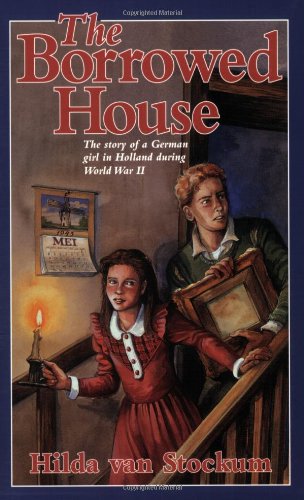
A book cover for The Borrowed House (Young Adult Bookshelf Series); Hilda Van Stockum; Teen & Young Adult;